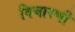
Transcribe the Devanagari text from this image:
विचारणी